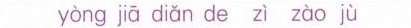
yòng jā diǎn de zì zào jù